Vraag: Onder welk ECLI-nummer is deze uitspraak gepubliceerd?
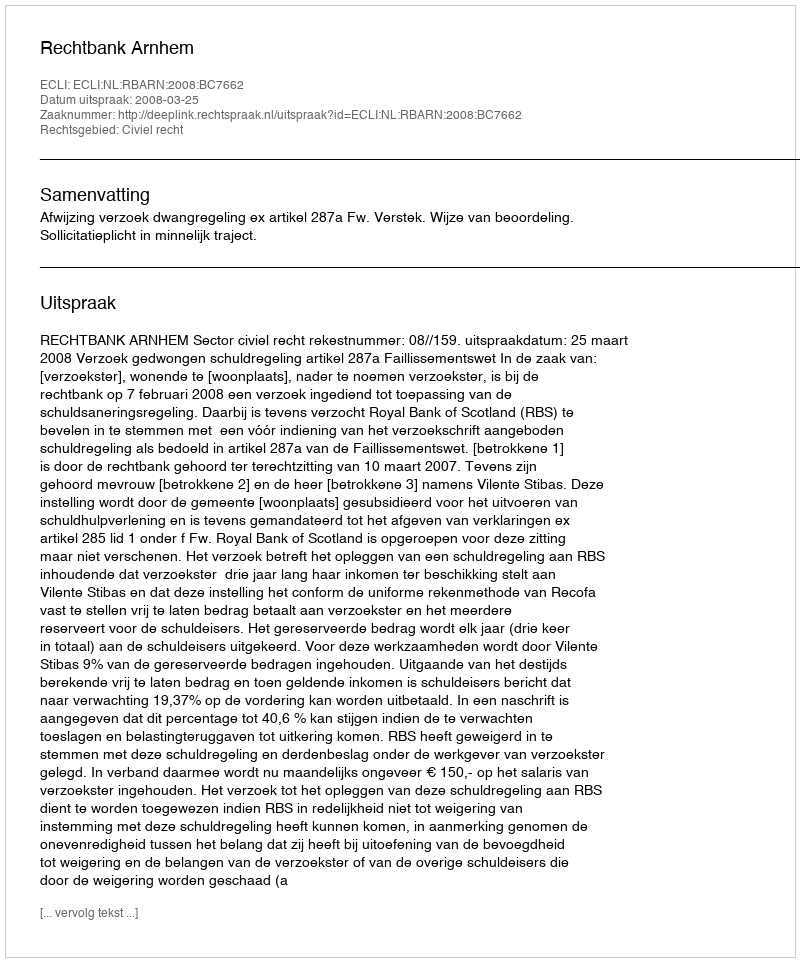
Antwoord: ECLI:NL:RBARN:2008:BC7662